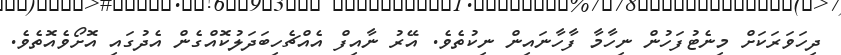
ދިހަވަރަކަށް މިނެޓުފަހުން ނިހާމާ ފާހާނައިން ނިކުތެވެ. އޭރު ނާއިފް އެއްޗެހިބަދަލުކޮއްގެން އެދުގައި އޮށޯވެއޮތެވެ.